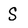
Character: S